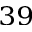
^ { 3 9 }